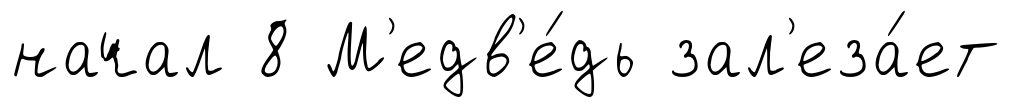
начал 8 М'едв'е́дь зал'еза́ет